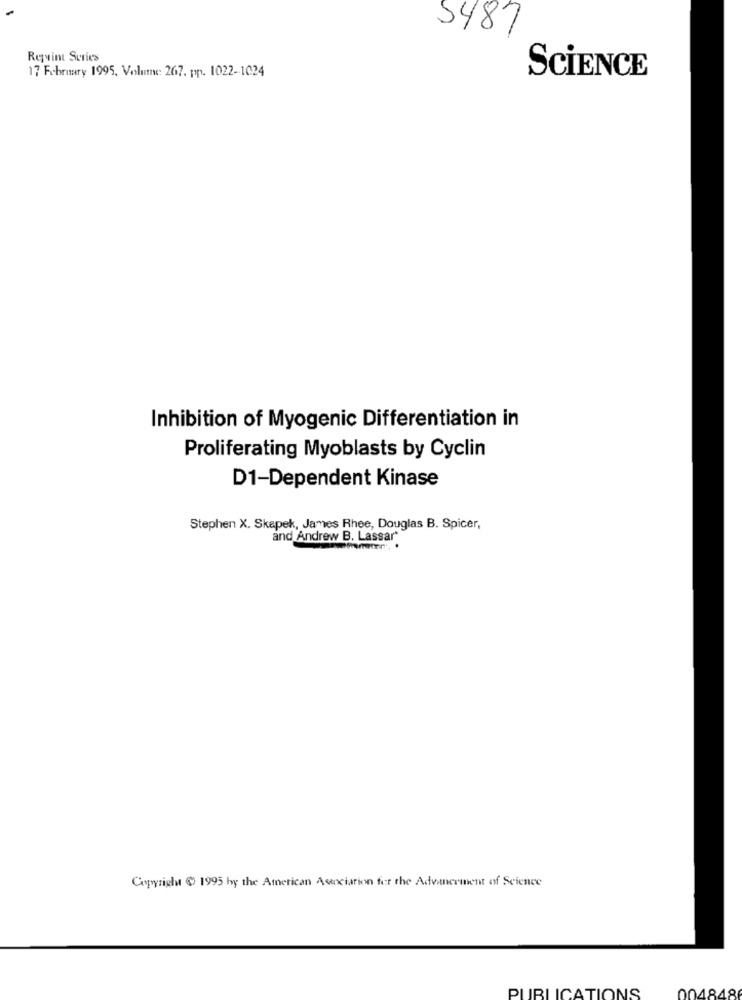
5487
Revint Series
17 February 1995, Volume: 267. pp. 1022-1024
SCIENCE
Inhibition of Myogenic Differentiation in
Proliferating Myoblasts by Cyclin
D1-Dependent Kinase
Stephen X. Skapek, James Rhee, Douglas B. Spicer,
and Andrew B. Lassar*
Copyright ( 1995 hy the American Association for the Advancement of Science
PUBLICATIONS
004848